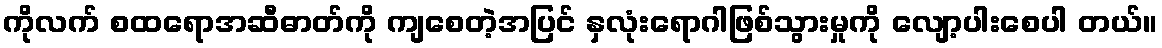
ကိုလက် စထရောအဆီဓာတ်ကို ကျစေတဲ့အပြင် နှလုံးရောဂါဖြစ်သွားမှုကို လျော့ပါးစေပါ တယ်။